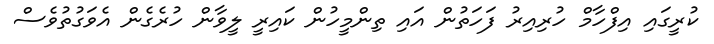
ކުރީގައި އިފްހާމް ހުރިއިރު ފަހަތުން އައި ތިންމީހުން ކައިރީ ލީވާން ހުރެގެން އެވަގުތުވެސް